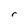
Character: r